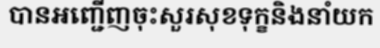
បានអញ្ជើញចុះសួរសុខទុក្ខនិងនាំយក